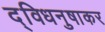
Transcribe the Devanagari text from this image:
द्विधनुषाकर